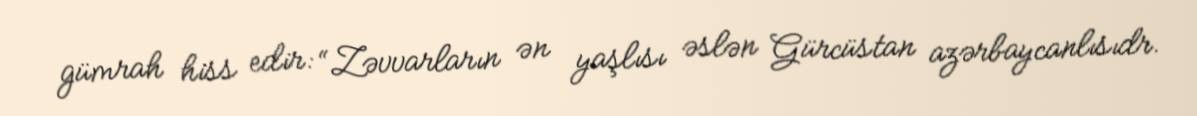
gümrah hiss edir: “Zəvvarların ən yaşlısı əslən Gürcüstan azərbaycanlısıdr.